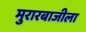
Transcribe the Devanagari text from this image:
मुरारबाजीला